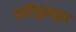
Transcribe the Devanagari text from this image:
सारिपुत्तकृत